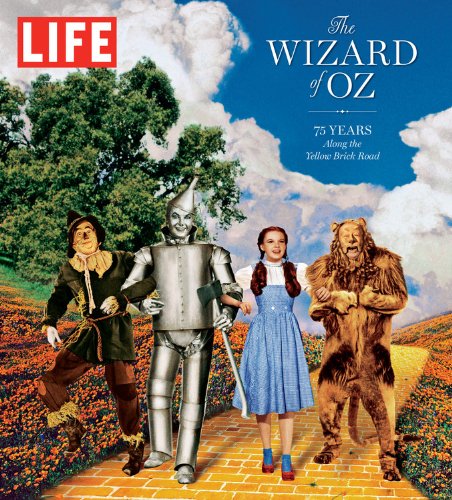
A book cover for LIFE The Wizard of Oz: 75 Years Along the Yellow Brick Road; The Editors of LIFE; Humor & Entertainment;